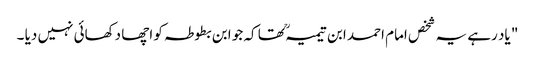
" یاد رہے یہ شخص امام احمد ابن تیمیہ ؒ تھا کہ جو ابن بطوطہ کو اچھا دکھائی نہیں دیا ۔